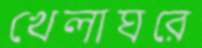
খেলাঘরে